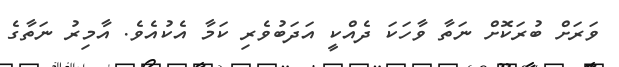
ވަރަށް ބުރަކޮށް ނަތާ ވާހަކަ ދެއްކީ އަދަބުވެރި ކަމާ އެކުއެވެ. އާމިރު ނަތާގެ